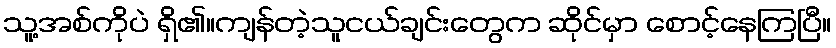
သူ့အစ်ကိုပဲ ရှိ၏။ကျန်တဲ့သူငယ်ချင်းတွေက ဆိုင်မှာ စောင့်နေကြပြီ။